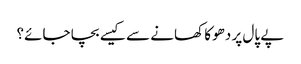
پے پال پر دھوکا کھانے سے کیسے بچا جائے؟